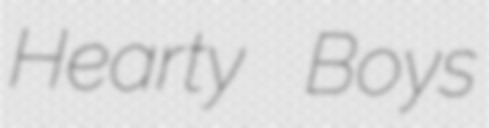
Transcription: Hearty Boys